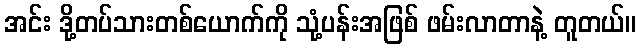
အင်း ဒို့တပ်သားတစ်ယောက်ကို သုံ့ပန်းအဖြစ် ဖမ်းလာတာနဲ့ တူတယ်။